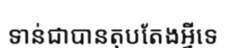
ទាន់ជាបានតុបតែងអ្វីទេ